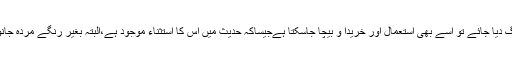
[10]اسی طرح مردہ جانور کی کھال کو رنگ دیا جائے تو اسے بھی استعمال اور خریدا و بیچا جاسکتا ہےجیساکہ حدیث میں اس کا استثناء موجود ہے،البتہ بغیر رنگے مردہ جانور کی کھال بالاتفاق ناپاک ہے۔